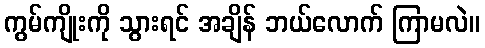
ကွမ်ကျိုးကို သွားရင် အချိန် ဘယ်လောက် ကြာမလဲ။